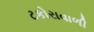
ટકોરાવાળી